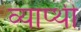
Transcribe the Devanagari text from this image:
व्याप्थी